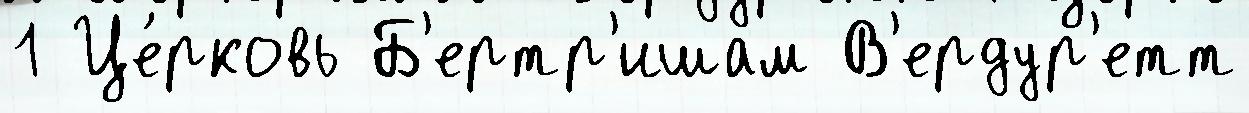
1 Це́рковь Б'ертр'ишам В'ердур'етт